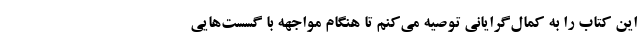
این کتاب را به کمال‌گرایانی توصیه می‌کنم تا هنگام مواجهه با گسست‌هایی